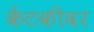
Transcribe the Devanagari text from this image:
केंटकीवर